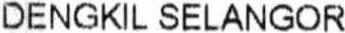
DENGKIL SELANGOR